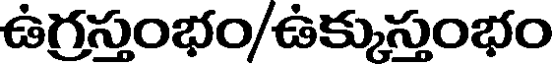
ఉగ్రస్తంభం/ఉక్కుస్తంభం